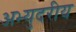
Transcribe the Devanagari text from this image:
अभ्युदरीय